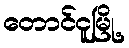
တောင်ငူမြို့